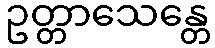
ဥတ္တာသေန္တေ